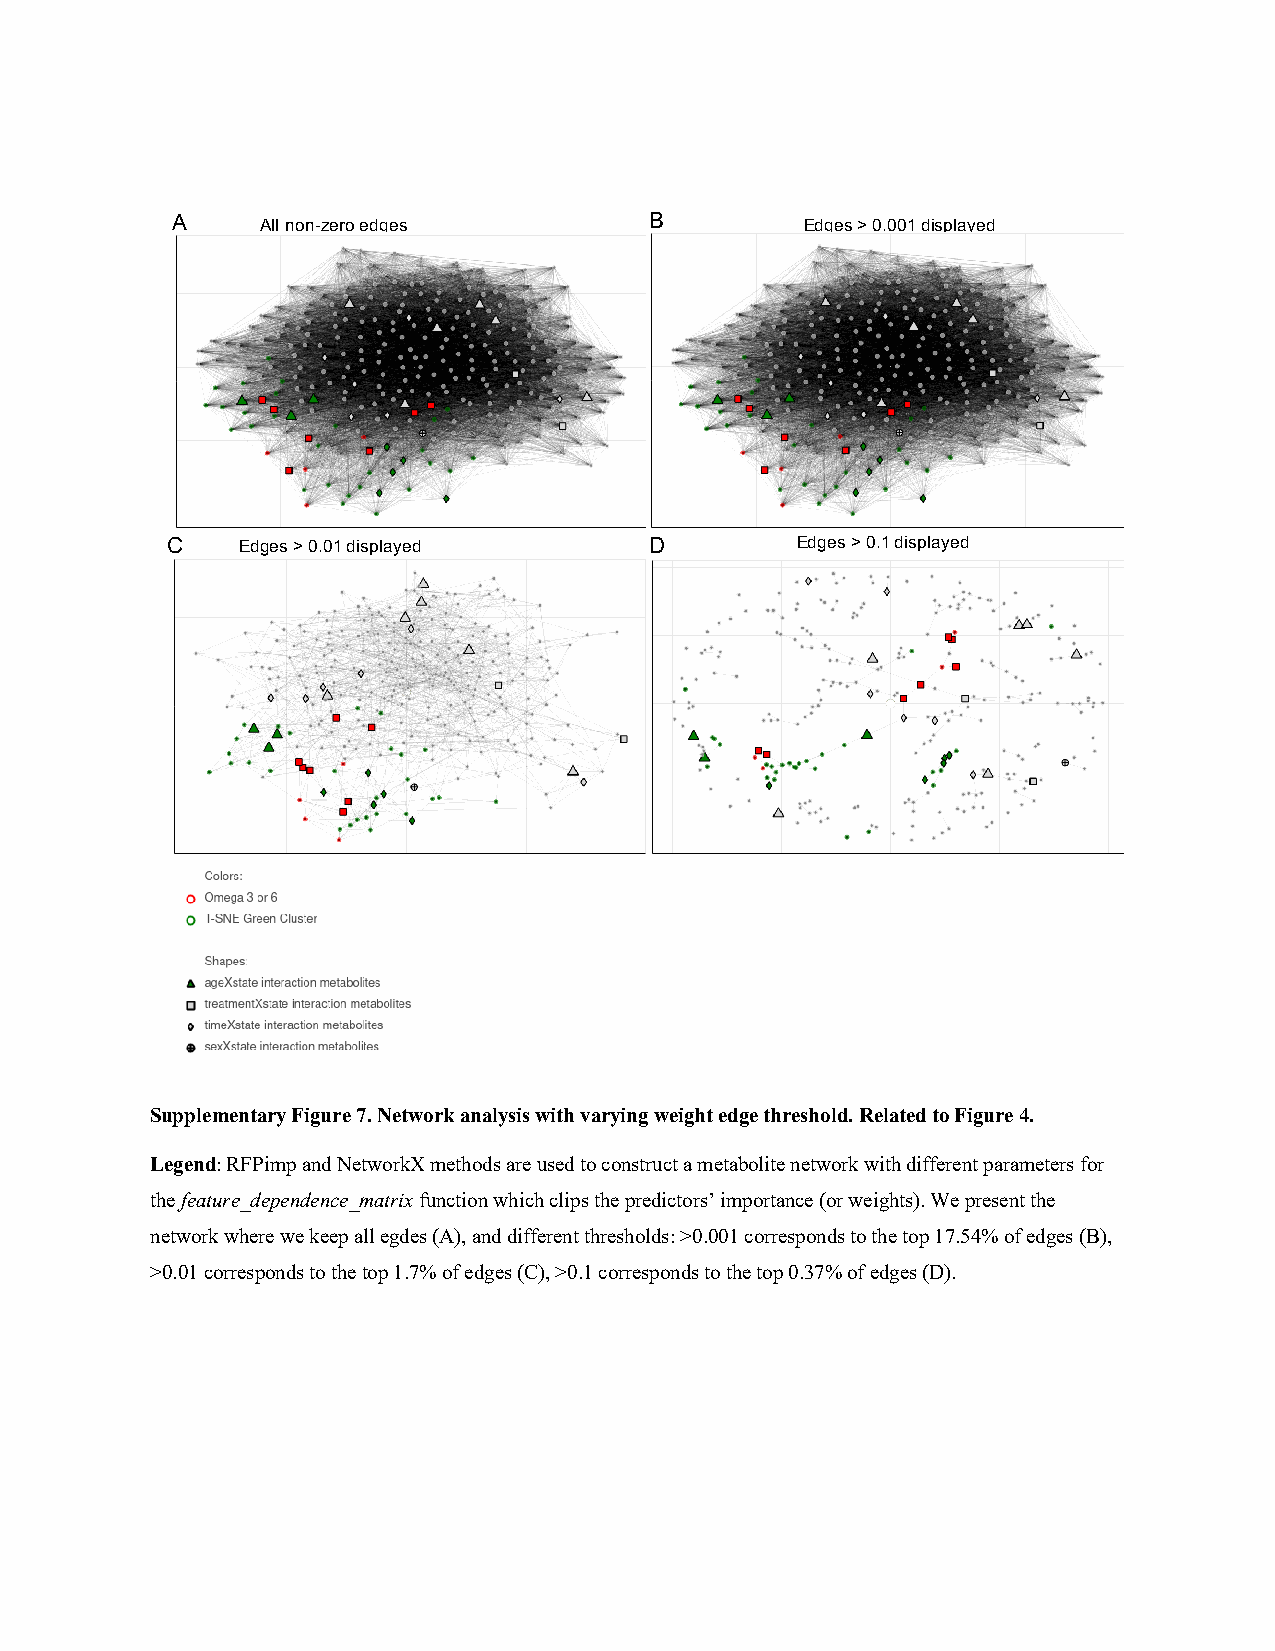
A     All non-zero edges        B         Edges > 0.001 displayed
 C    Edges > 0.01 displayed     D         Edges > 0.1 displayed
 Supplementary Figure 7. Network analysis with varying weight edge threshold. Related to Figure 4.
 Legend: RFPimp and NetworkX methods are used to construct a metabolite network with different parameters for
 the feature_dependence_matrix function which clips the predictors’ importance (or weights). We present the
 network where we keep all egdes (A), and different thresholds: >0.001 corresponds to the top 17.54% of edges (B),
 >0.01 corresponds to the top 1.7% of edges (C), >0.1 corresponds to the top 0.37% of edges (D).